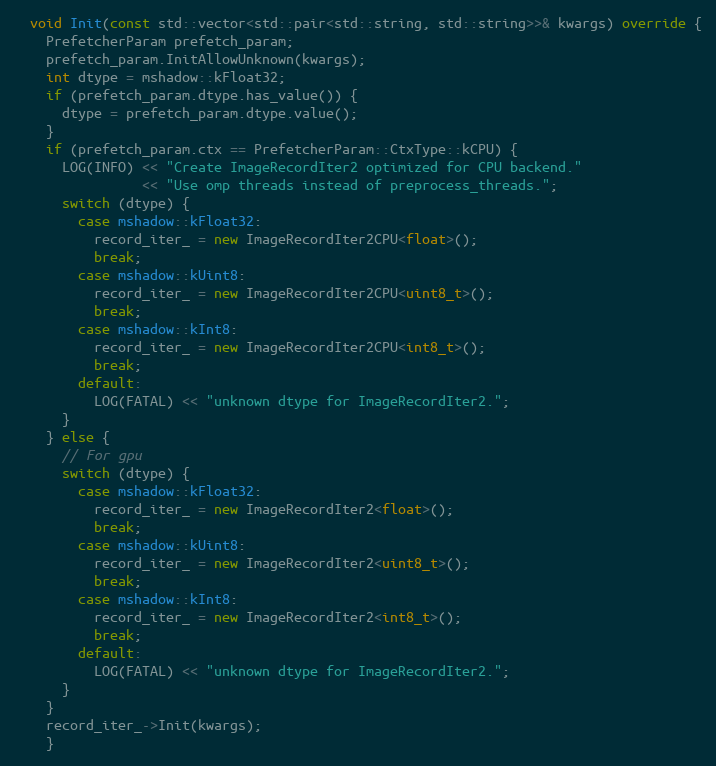
Language: C++
  void Init(const std::vector<std::pair<std::string, std::string>>& kwargs) override {
    PrefetcherParam prefetch_param;
    prefetch_param.InitAllowUnknown(kwargs);
    int dtype = mshadow::kFloat32;
    if (prefetch_param.dtype.has_value()) {
      dtype = prefetch_param.dtype.value();
    }
    if (prefetch_param.ctx == PrefetcherParam::CtxType::kCPU) {
      LOG(INFO) << "Create ImageRecordIter2 optimized for CPU backend."
                << "Use omp threads instead of preprocess_threads.";
      switch (dtype) {
        case mshadow::kFloat32:
          record_iter_ = new ImageRecordIter2CPU<float>();
          break;
        case mshadow::kUint8:
          record_iter_ = new ImageRecordIter2CPU<uint8_t>();
          break;
        case mshadow::kInt8:
          record_iter_ = new ImageRecordIter2CPU<int8_t>();
          break;
        default:
          LOG(FATAL) << "unknown dtype for ImageRecordIter2.";
      }
    } else {
      // For gpu
      switch (dtype) {
        case mshadow::kFloat32:
          record_iter_ = new ImageRecordIter2<float>();
          break;
        case mshadow::kUint8:
          record_iter_ = new ImageRecordIter2<uint8_t>();
          break;
        case mshadow::kInt8:
          record_iter_ = new ImageRecordIter2<int8_t>();
          break;
        default:
          LOG(FATAL) << "unknown dtype for ImageRecordIter2.";
      }
    }
    record_iter_->Init(kwargs);
    }